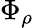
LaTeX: \Phi_{\rho}